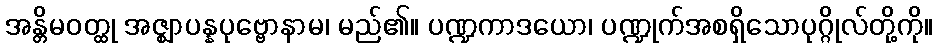
အန္တိမဝတ္ထု အဇ္ဈာပန္နပုဗ္ဗောနာမ၊ မည်၏။ ပဏ္ဍကာဒယော၊ ပဏ္ဍုက်အစရှိသောပုဂ္ဂိုလ်တို့ကို။